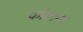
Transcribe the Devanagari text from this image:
कोवाना